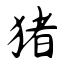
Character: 猪